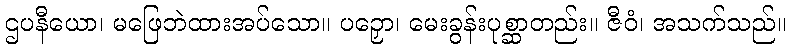
ဌပနီယော၊ မဖြေဘဲထားအပ်သော။ ပဉှော၊ မေးခွန်းပုစ္ဆာတည်း။ ဇီဝံ၊ အသက်သည်။